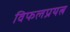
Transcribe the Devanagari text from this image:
विफलप्रयत्न